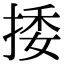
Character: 捼